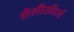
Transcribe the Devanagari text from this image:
शैलीसौंदर्य